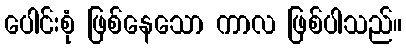
ပေါင်းစုံ ဖြစ်နေသော ကာလ ဖြစ်ပါသည်။